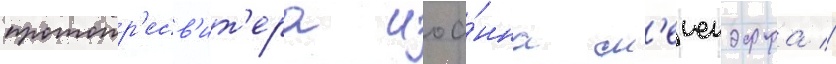
протопр'есв'ит'ера иоа́нна м'еиендорфа //